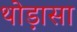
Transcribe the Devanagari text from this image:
थोड़ासा